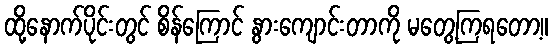
ထို့နောက်ပိုင်းတွင် စိန်ကြောင် နွားကျောင်းတာကို မတွေ့ကြရတော့။